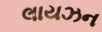
લાયઝન